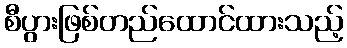
စီပွားဖြစ်တည်ထောင်ထားသည့်